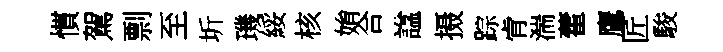
慣駕剽至圻璣綏核姢合諡摄踪肻湍藿鷹匠駿